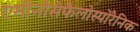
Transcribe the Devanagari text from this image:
एमीनोसेफैलोस्पोरैनिक